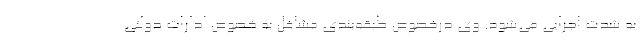
به شدت اجرایی می‌شود. وی درخصوص طبقه‌بندی مشاغل به خصوص ادارات دولتی